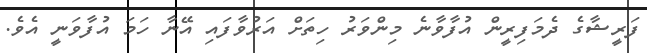
ފަރީޝާގެ ދެމަފިރީން އުފާވާނެ މިންވަރު ހިތަށް އަރުވާފައި އޭނާ ހަމަ އުފާވަނީ އެވެ.